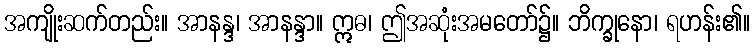
အကျိုးဆက်တည်း။ အာနန္ဒ၊ အာနန္ဒာ။ ဣဓ၊ ဤအဆုံးအမတော်၌။ ဘိက္ခုနော၊ ရဟန်း၏။